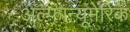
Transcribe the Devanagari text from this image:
अल्फान्यूमेरिक